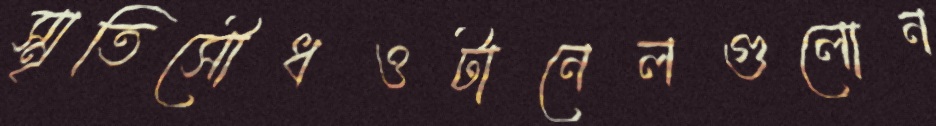
স্মৃতিসৌধওটানেলগুলোন